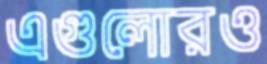
এগুলোরও